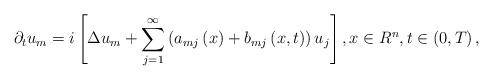
LaTeX: \begin{align*}\partial _{t}u_{m}=i\left[ \Delta u_{m}+\sum\limits_{j=1}^{\infty }\left(a_{mj}\left( x\right) +b_{mj}\left( x,t\right) \right) u_{j}\right] ,x\in R^{n},t\in \left( 0,T\right) , \end{align*}